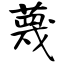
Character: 蔑